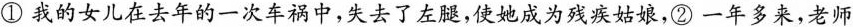
①我的女儿在去年的一次车祸中，失去了左腿，使她成为残疾姑娘，②一年多来，老师